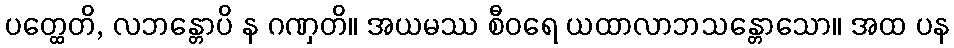
ပတ္ထေတိ, လဘန္တောပိ န ဂဏှတိ။ အယမဿ စီဝရေ ယထာလာဘသန္တောသော။ အထ ပန